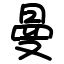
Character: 曼